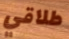
طلاقي